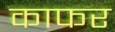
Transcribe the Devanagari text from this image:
काफर